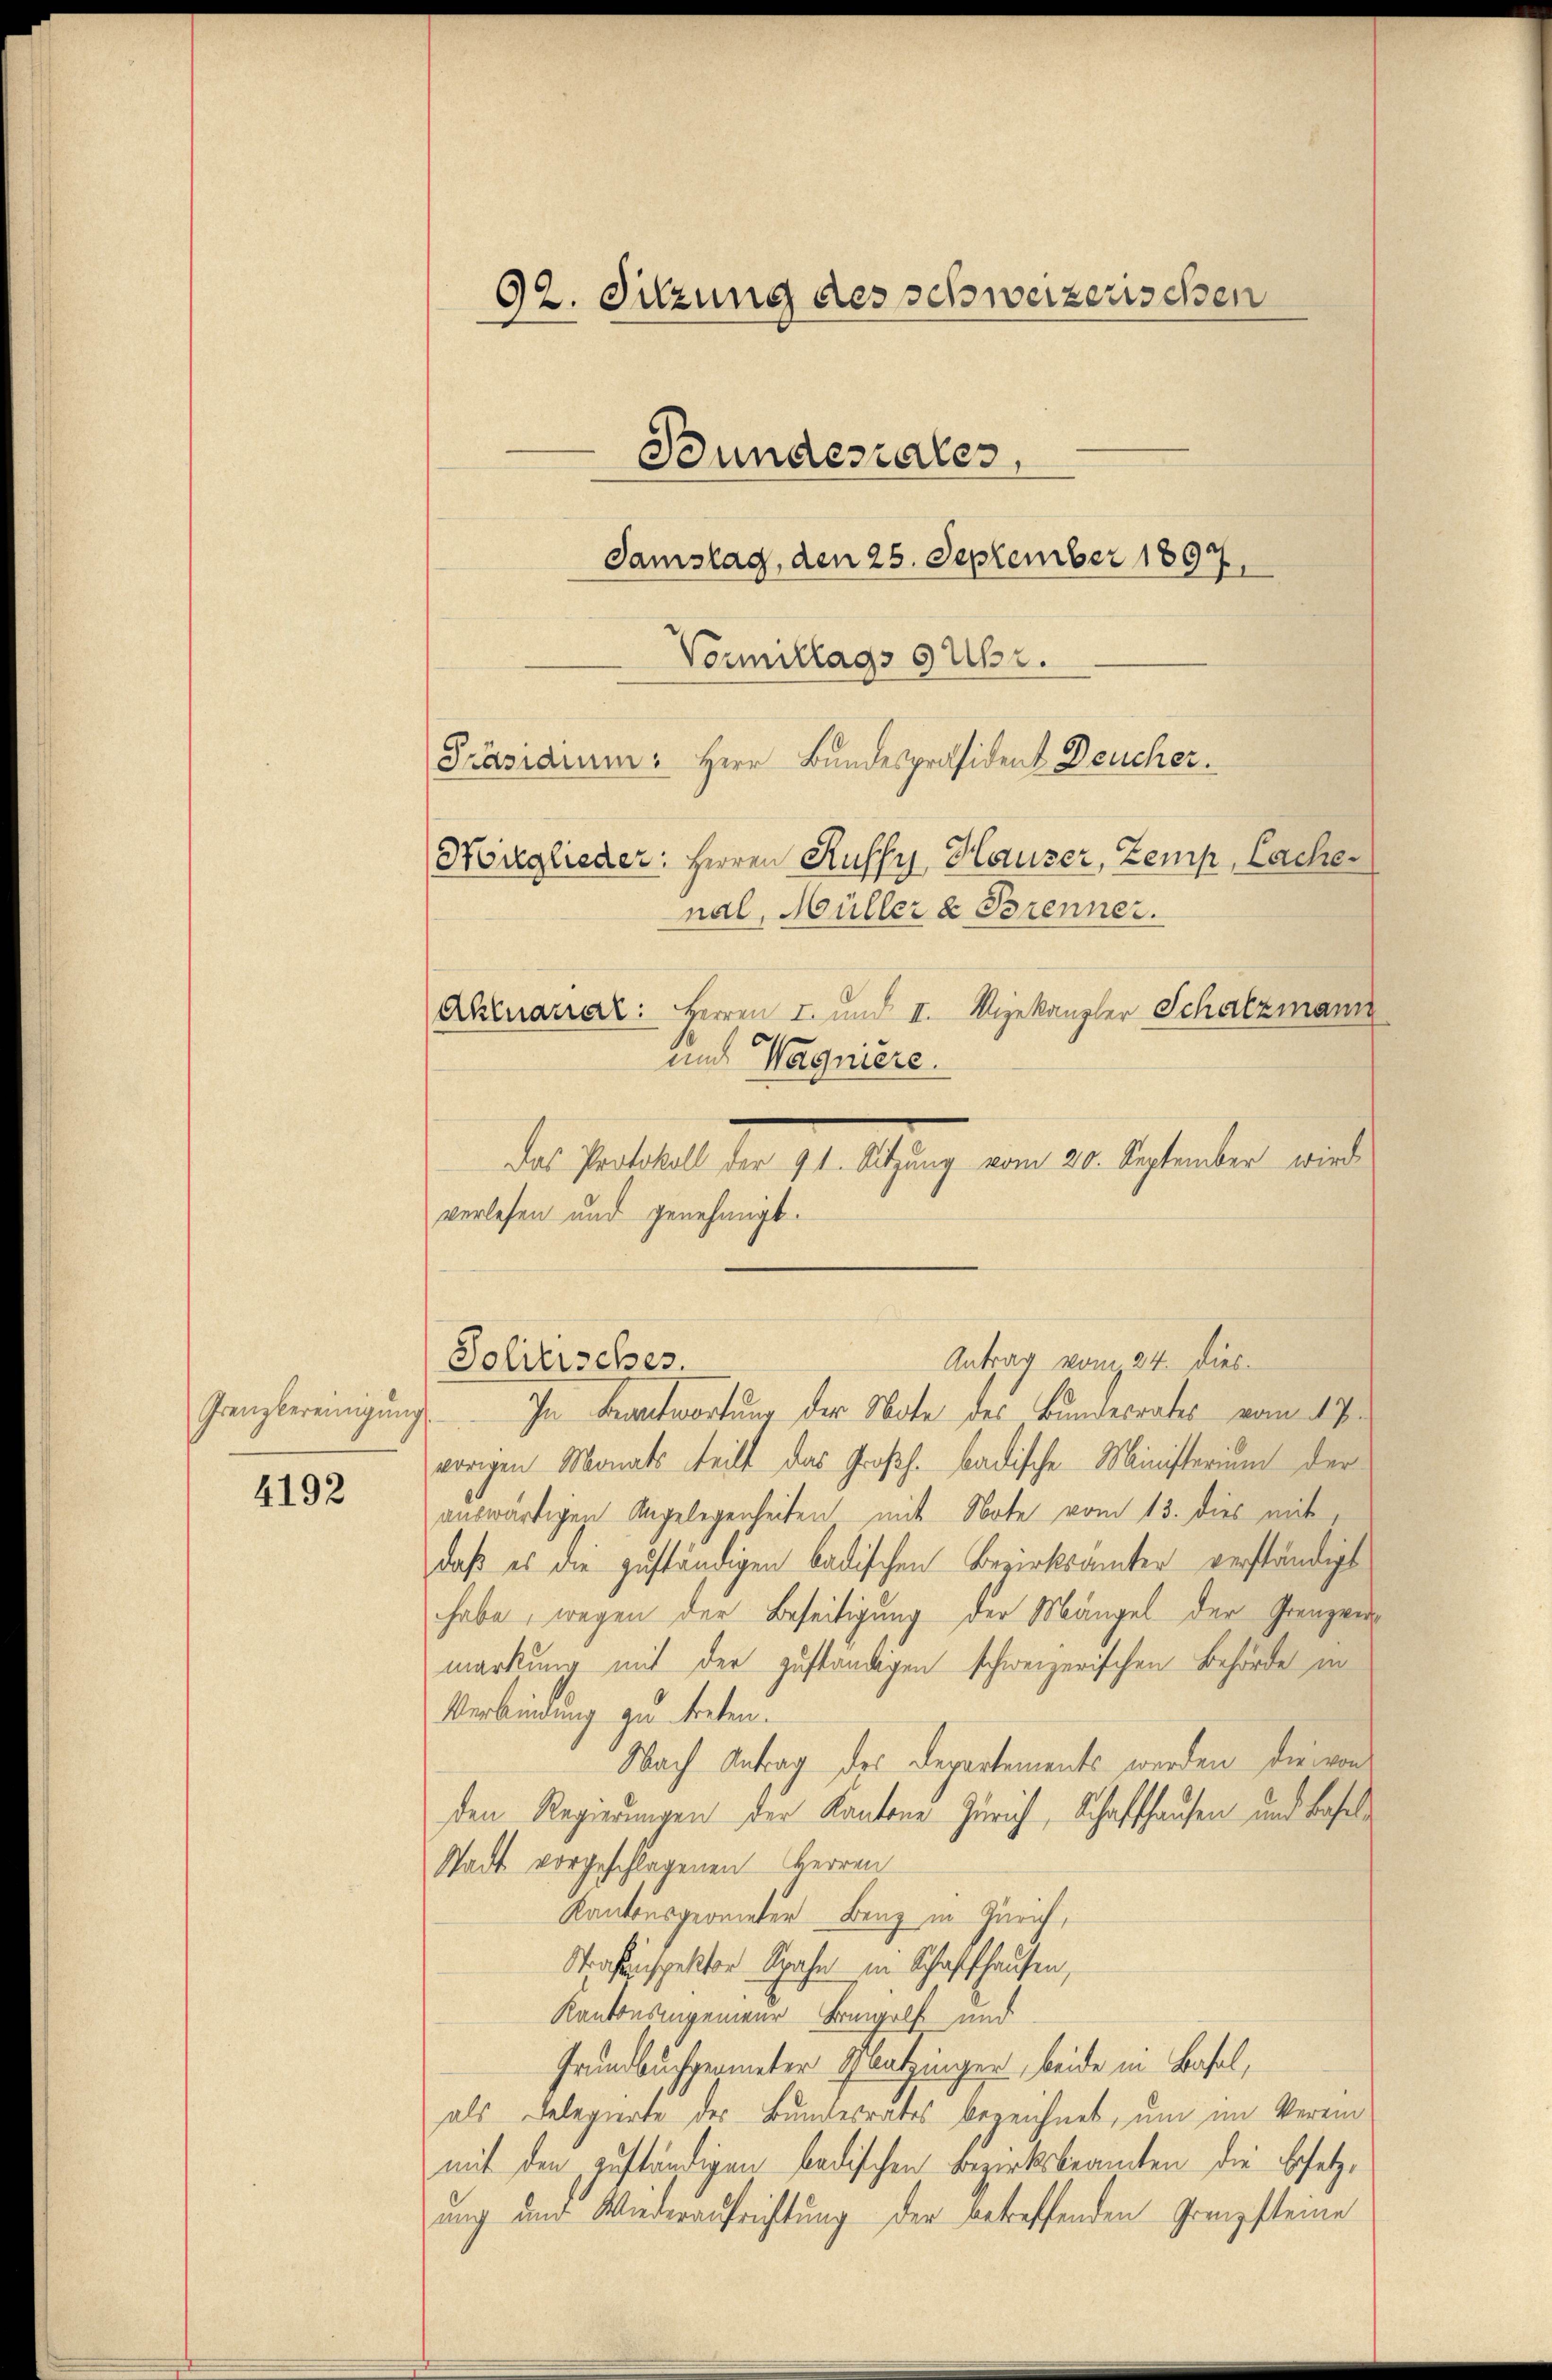
Grenzbereinigung

4192

92. Sitzung des schweizerischen
Bundesrates
Samstag, den 25. September 1897.
Vormittags 9 Uhr.
Präsidium. Herr Bundespräsident Deucher.
Miglieder: Herren Russe Hauser, Zemp, Cache
nal, Müller & Brenner.
Aktuarrar: Herren I. und II. Mijekanzler Schatzmann
e
und Wagniere.

Das Protokoll der 91. Sitzung vom 20. September wird
verlesen und genehmigt.
In Beantwortung der Note des Bundesrates vom 17.
vorigen Monats teilt das Großh. badische Ministerium der
auswärtigen Angelegenheiten mit Note vom 13. dies mit
daß es die zuständigen badischen Bezirksamter verständigt
habe, wegen der Beseitigung der Mängel der Grenzvermarkung mit der zuständigen schweizerischen Behörde in
Verbindung zu treten.
Nach Antrag des Departements werden die von
den Regierungen der Kantone Zürich, Schaffhausen und Baselle
Stadt vorgeschlagenen Herren
Kantonsgeometer Benz in Zürich,
Strafenspektor Spahn in Schaffhausen,
Kantonsangenieur Bangolf und
Grundbuchgermeter Glatzinger, beide in Basel,
als Delegierte des Bundesrates bezeichnet, um im Vereinmit den zuständigen badischen Bezirksbeamten die Ersetzung und Wiederaufrichtung der betreffenden Grenzsteine

Solitisches.

Antrag vom 24. dies